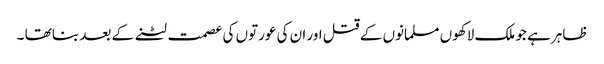
ظاہر ہے جو ملک لاکھوں مسلمانوں کے قتل اور ان کی عورتوں کی عصمت لٹنے کے بعد بنا تھا ۔